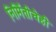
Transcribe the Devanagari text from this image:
निर्मितीचेही